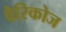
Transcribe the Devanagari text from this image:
वैरिकोज